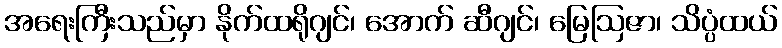
အရေးကြီးသည်မှာ နိုက်ထရိုဂျင်၊ အောက် ဆီဂျင်၊ မြေဩဇာ၊ သိပ္ပံထယ်